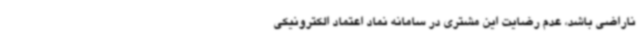
ناراضی باشد، عدم رضایت این مشتری در سامانه نماد اعتماد الکترونیکی